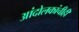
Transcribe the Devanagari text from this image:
आंदोलकांचीही